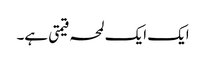
ایک ایک لمحہ قیمتی ہے۔